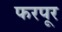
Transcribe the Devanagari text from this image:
फरपूर